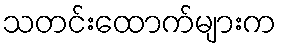
သတင်းထောက်များက